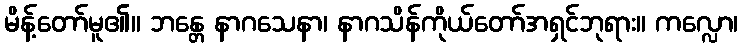
မိန့်တော်မူ၏။ ဘန္တေ နာဂသေနာ၊ နာဂသိန်ကိုယ်တော်အရှင်ဘုရား။ ကလ္လော၊